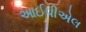
આઈપીએલ